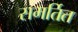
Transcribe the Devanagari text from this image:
समर्तित